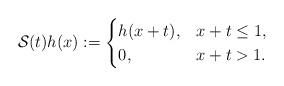
LaTeX: \begin{align*} \mathcal S(t)h(x):=\begin{cases} h(x+t), & x+t\leq 1,\\0, & x+t>1.\end{cases}\end{align*}